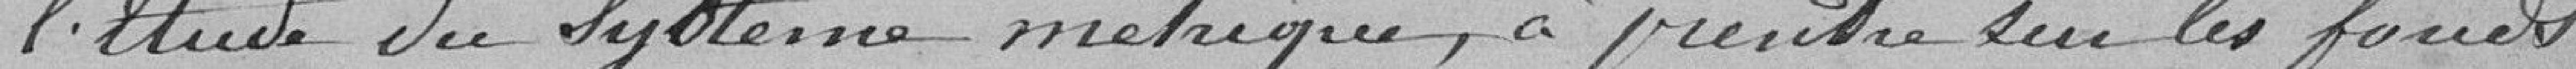
l'étude du système métrique , à prendre sur les fonds